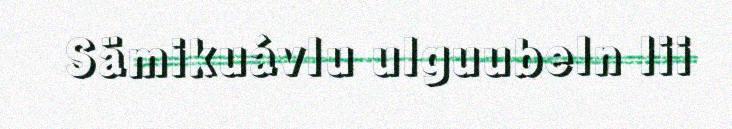
Sämikuávlu ulguubeln lii